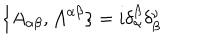
LaTeX: \{ A _ { \alpha \beta } , { \cal { A } } ^ { \alpha \beta } \} = i \delta _ { \alpha } ^ { \beta } \delta _ { \beta } ^ { \nu }